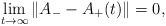
\begin{align*} \lim\limits_{t \to \infty} \|A_{-} - A_{+}(t) \| = 0,\end{align*}